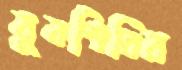
যুবশিবির